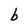
Character: b